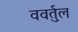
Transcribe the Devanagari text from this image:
ववर्तुल